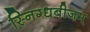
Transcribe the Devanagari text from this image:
स्निग्धबीजम्